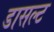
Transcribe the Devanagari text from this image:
डासल्ट